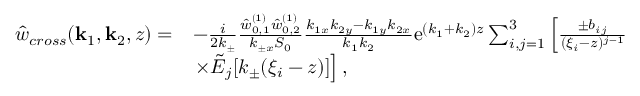
\begin{array} { r l } { \hat { w } _ { c r o s s } ( \mathbf { k } _ { 1 } , \mathbf { k } _ { 2 } , z ) = } & { - \frac { i } { 2 k _ { \pm } } \frac { \hat { w } _ { 0 , 1 } ^ { ( 1 ) } \hat { w } _ { 0 , 2 } ^ { ( 1 ) } } { k _ { \pm x } S _ { 0 } } \frac { k _ { 1 x } k _ { 2 y } - k _ { 1 y } k _ { 2 x } } { k _ { 1 } k _ { 2 } } \mathrm { e } ^ { ( k _ { 1 } + k _ { 2 } ) z } \sum _ { i , j = 1 } ^ { 3 } \left[ \frac { \pm b _ { i j } } { ( \xi _ { i } - z ) ^ { j - 1 } } \right. } \\ & { \left. \times \tilde { E } _ { j } [ k _ { \pm } ( \xi _ { i } - z ) ] \right] , } \end{array}